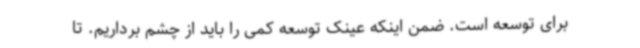
برای توسعه است. ضمن اینکه عینک توسعه کمی را باید از چشم برداریم. تا